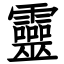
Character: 靈